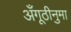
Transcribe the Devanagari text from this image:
अँगूठीनुमा